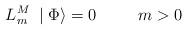
LaTeX: \begin{align*}L_m^M\; \mid \Phi \rangle=0\;\;\;\;\;\;\;\;\;m>0\end{align*}